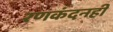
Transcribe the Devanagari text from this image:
रणकंदनही